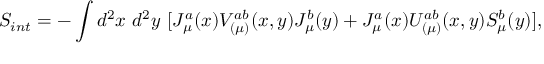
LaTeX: S _ { i n t } = - \int d ^ { 2 } x ~ d ^ { 2 } y ~ [ J _ { \mu } ^ { a } ( x ) V _ { ( \mu ) } ^ { a b } ( x , y ) J _ { \mu } ^ { b } ( y ) + J _ { \mu } ^ { a } ( x ) U _ { ( \mu ) } ^ { a b } ( x , y ) S _ { \mu } ^ { b } ( y ) ] ,